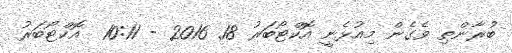
ބުރާންތި ވެގެން މިއުޅެނީ އޮކްޓޯބަރު 18